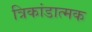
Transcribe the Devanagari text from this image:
त्रिकांडात्मक